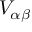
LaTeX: V _ { \alpha \beta }